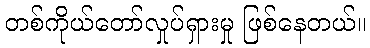
တစ်ကိုယ်တော်လှုပ်ရှားမှု ဖြစ်နေတယ်။